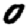
Digit: 0